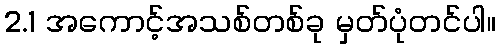
2.1 အကောင့်အသစ်တစ်ခု မှတ်ပုံတင်ပါ။